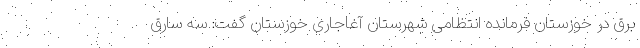
برق در خوزستان فرمانده انتظامی شهرستان آغاجاری خوزستان گفت: سه سارق